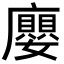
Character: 廮